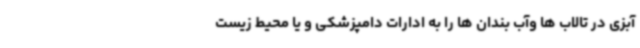
آبزی در تالاب ها وآب بندان ها را به ادارات دامپزشکی و یا محیط زیست